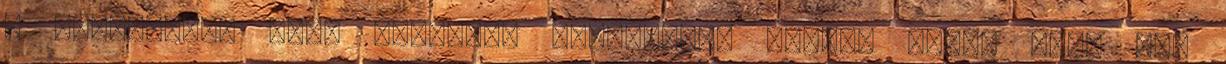
a játékosok, amit lehetett megtettek” Magyar Kupa: DVTK vs.